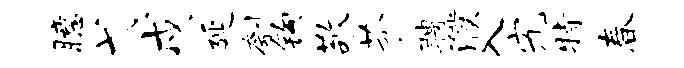
臆弋戍延刳钩敬芬聘濮入究特春